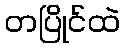
တပြိုင်ထဲ